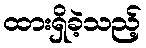
ထားရှိခဲ့သည့်